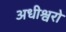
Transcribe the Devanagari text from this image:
अधीश्वरो